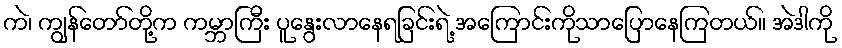
ကဲ၊ ကျွန်တော်တို့က ကမ္ဘာကြီး ပူနွေးလာနေရခြင်းရဲ့ အကြောင်းကိုသာပြောနေကြတယ်။ အဲဒါကို